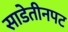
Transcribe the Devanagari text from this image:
साडेतीनपट